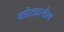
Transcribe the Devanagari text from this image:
कोट्यातील